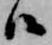
候